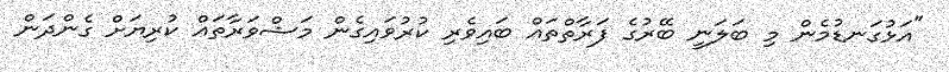
"އަޅުގަނޑުމެން މި ބަލަނީ ބޭރުގެ ފަރާތްތައް ބައިވެރި ކުރުވައިގެން މަޝްވަރާތައް ކުރިޔަށް ގެންދަން